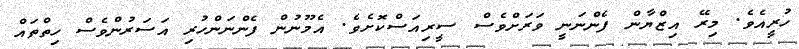
ހުރީއެވެ. މިރޭ އިޒްޔާން ފެންނަނީ ވަރަށްވެސް ސީރިއަސްކޮށެވެ. އެމޫނުން ފެންނަންހުރި އަސަރުންވެސް ހިތްތައް